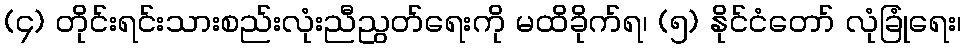
(၄) တိုင်းရင်းသားစည်းလုံးညီညွတ်ရေးကို မထိခိုက်ရ၊ (၅) နိုင်ငံတော် လုံခြုံရေး၊